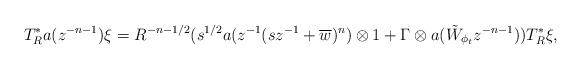
LaTeX: \begin{align*}T_R^* a(z^{-n-1}) \xi = R^{-n-1/2}(s^{1/2} a(z^{-1}(sz^{-1} + \overline{w})^n) \otimes 1 + \Gamma \otimes a( \tilde W_{\phi_t} z^{-n-1}))T_R^*\xi,\end{align*}